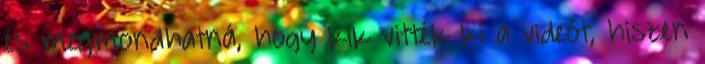
és megmondhatná, hogy kik vitték ki a videót, hiszen